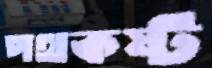
পথকষ্ট